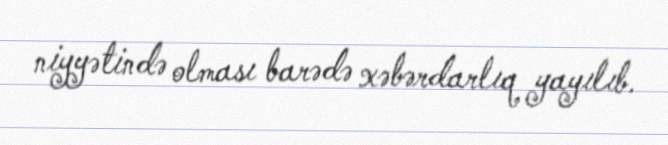
niyyətində olması barədə xəbərdarlıq yayılıb.